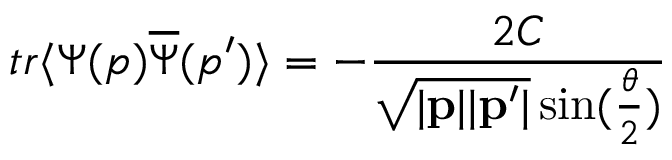
t r \langle \Psi ( p ) \overline { { { \Psi } } } ( p ^ { \prime } ) \rangle = - \frac { 2 C } { \sqrt { | { \bf p } | | { \bf p } ^ { \prime } | } \sin ( \frac { \theta } { 2 } ) }